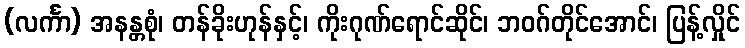
(လင်္ကာ) အနန္တစုံ၊ တန်ခိုးဟုန်နှင့်၊ ကိုးဂုဏ်ရောင်ဆိုင်၊ ဘဝဂ်တိုင်အောင်၊ ပြန့်လှိုင်